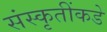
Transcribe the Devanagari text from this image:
संस्कृतींकडे